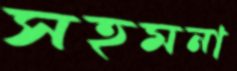
সহমনা